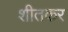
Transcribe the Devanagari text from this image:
शीतकर